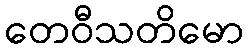
တေဝီသတိမော